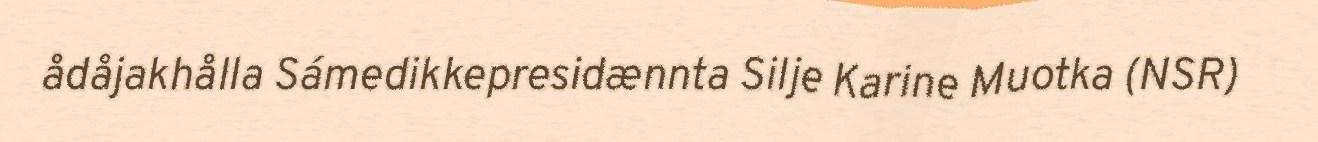
ådåjakhålla Sámedikkepresidænnta Silje Karine Muotka (NSR)